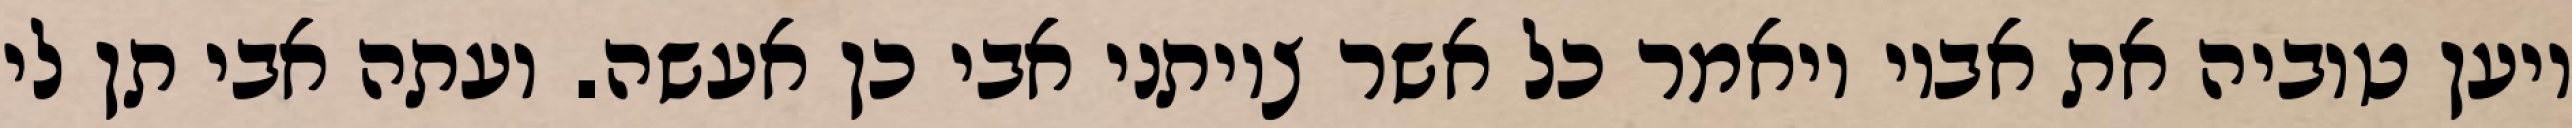
ויען טוביה את אביו ויאמר כל אשר צויתני אבי כן אעשה. ועתה אבי תן לי